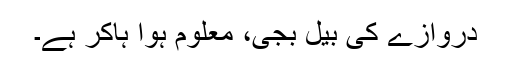
دروازے کی بیل بجی، معلوم ہوا ہاکر ہے۔